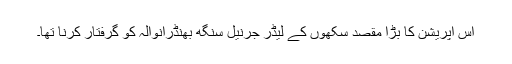
اس آپریشن کا بڑا مقصد سکھوں کے لیڈر جرنیل سنگھ بھنڈرانوالہ کو گرفتار کرنا تھا۔